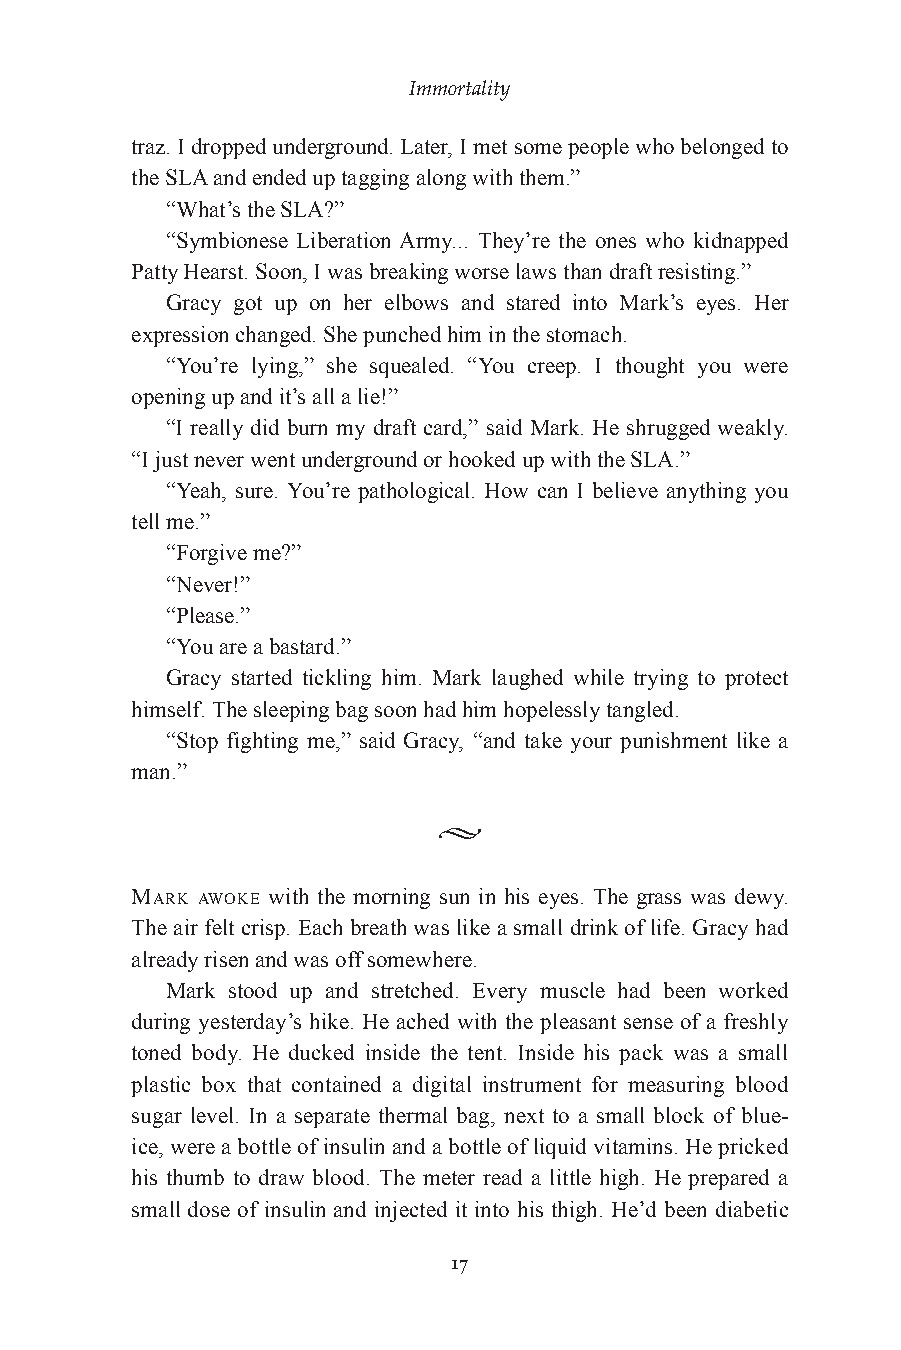
Immortality
 traz. I dropped underground. Later, I met some people who belonged to
 the SLA and ended up tagging along with them.”
 “What’s the SLA?”
 “Symbionese Liberation Army... They’re the ones who kidnapped
 Patty Hearst. Soon, I was breaking worse laws than draft resisting.”
 Gracy got up on her elbows and stared into Mark’s eyes. Her
 expression changed. She punched him in the stomach.
 “You’re lying,” she squealed. “You creep. I thought you were
 opening up and it’s all a lie!”
 “I really did burn my draft card,” said Mark. He shrugged weakly.
 “I just never went underground or hooked up with the SLA.”
 “Yeah, sure. You’re pathological. How can I believe anything you
 tellme.”
 “Forgive me?”
 “Never!”
 “Please.”
 “You are a bastard.”
 Gracy started tickling him. Mark laughed while trying to protect
 himself. The sleeping bag soon had him hopelessly tangled.
 “Stop fighting me,” said Gracy, “and take your punishment like a
 man.”
 MARK AWOKE with the morning sun in his eyes. The grass was dewy.
 The air felt crisp. Each breath was like a small drink of life. Gracy had
 already risen and was off somewhere.
 Mark stood up and stretched. Every muscle had been worked
 during yesterday’s hike. He ached with the pleasant sense of a freshly
 toned body. He ducked inside the tent. Inside his pack was a small
 plastic box that contained a digital instrument for measuring blood
 sugar level. In a separate thermal bag, next to a small block of blue-
 ice, were a bottle of insulin and a bottle of liquid vitamins. He pricked
 his thumb to draw blood. The meter read a little high. He prepared a
 small dose of insulin and injected it into his thigh. He’d been diabetic
 17